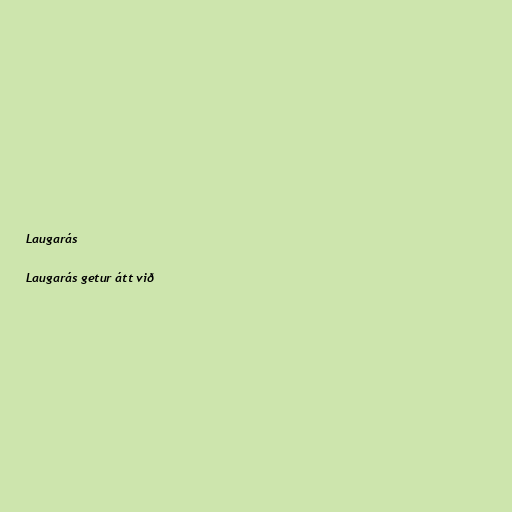
Laugarás

Laugarás getur átt við